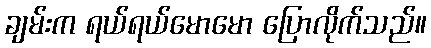
ချမ်းက ရယ်ရယ်မောမော ပြောလိုက်သည်။